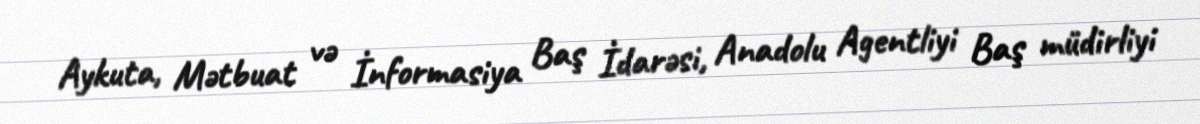
Aykuta, Mətbuat və İnformasiya Baş İdarəsi, Anadolu Agentliyi Baş müdirliyi